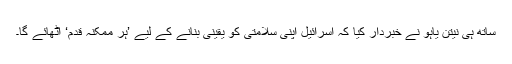
ساتھ ہی نیتن یاہو نے خبردار کیا کہ اسرائیل اپنی سلامتی کو یقینی بنانے کے لیے ’ہر ممکنہ قدم‘ اٹھائے گا۔